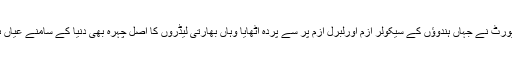
اس رپورٹ نے جہاں ہندوؤں کے سیکولر ازم اورلبرل ازم پر سے پردہ اٹھایا وہاں بھارتی لیڈروں کا اصل چہرہ بھی دنیا کے سامنے عیاں ہوگیا ۔